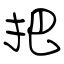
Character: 把